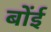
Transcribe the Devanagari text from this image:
बोंई